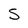
Character: 5